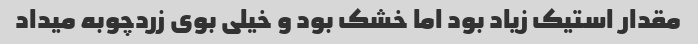
مقدار استیک زیاد بود اما خشک بود و خیلی بوی زردچوبه میداد